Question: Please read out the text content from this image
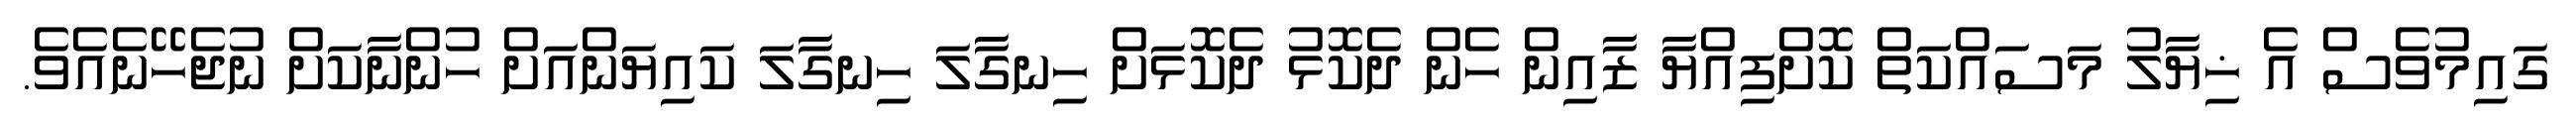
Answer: ގައިމުވެސް އެ ޚިޔާލު މަސައްކަތް ކޮށްފިއްޔާ ޒާއިން ހެން ދެކޮޅު ދެކޮޅަށް ހިނގާލަ ހިނގާލަ ކައިޔަންއަށް ހުންނާކަށް ނުޖެހޭނެއެވެ.